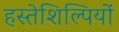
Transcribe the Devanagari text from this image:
हस्तेशिल्पियों